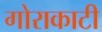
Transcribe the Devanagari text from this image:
गोराकाटी